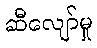
ဆီလျော်မှု